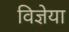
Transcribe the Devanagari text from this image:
विज्ञेया